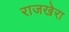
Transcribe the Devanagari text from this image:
राजखेरा